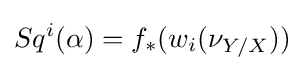
Sq^{i}(\alpha )=f_{*}(w_{i}(\nu _{Y/X}))